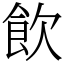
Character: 飲